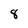
Character: 8